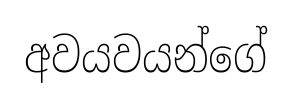
අවයවයන්ගේ